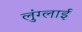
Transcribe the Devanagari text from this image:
लुंग्लाई